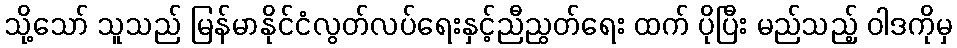
သို့သော် သူသည် မြန်မာနိုင်ငံလွတ်လပ်ရေးနှင့်ညီညွတ်ရေး ထက် ပိုပြီး မည်သည့် ဝါဒကိုမှ